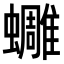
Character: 𧔿